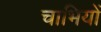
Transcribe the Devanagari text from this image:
चाभियों